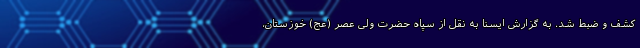
کشف و ضبط شد. به گزارش ایسنا به نقل از سپاه حضرت ولی عصر (عج) خوزستان،